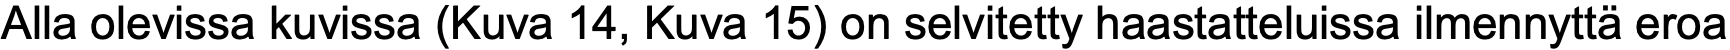
Alla olevissa kuvissa (Kuva 14, Kuva 15) on selvitetty haastatteluissa ilmennyttä eroa